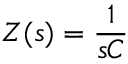
Z ( s ) = { \frac { 1 } { s C } }